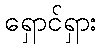
ရှောင်ရှား